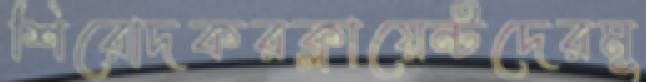
শিরোদকরক্লায়েন্টদেরমু